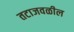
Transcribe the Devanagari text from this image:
तटाजवळील